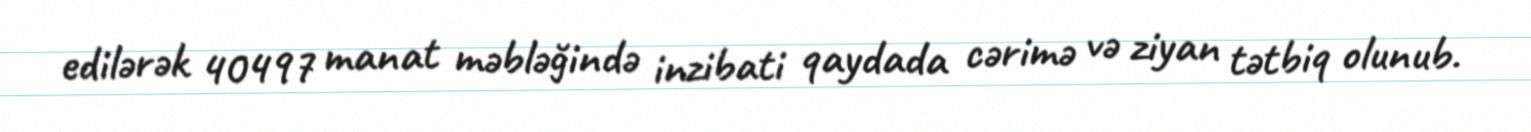
edilərək 40497 manat məbləğində inzibati qaydada cərimə və ziyan tətbiq olunub.